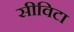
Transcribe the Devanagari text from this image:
सीविटा